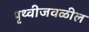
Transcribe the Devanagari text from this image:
पृथ्वीजवळील